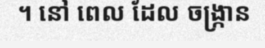
។ នៅ ពេល ដែល ចង្ក្រាន